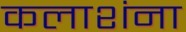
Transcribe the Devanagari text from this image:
कलाशंना